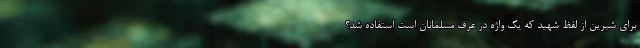
برای شیرین از لفظ شهید که یک واژه در عرف مسلمانان است استفاده شد؟